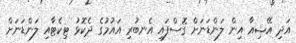
އަދި އޭޝިއާ އިން ލަންޑަނަށް ގޮސްފައި އެނބުރި އައުމުގެ ދެކޮޅު ޓިކެޓާއި ލަންޑަނަށް